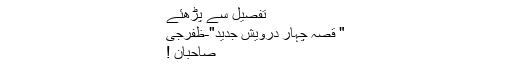
تفصیل سے پڑھئے
" قصہّ چہار درویش جدید"-ظفرجی
صاحبان !